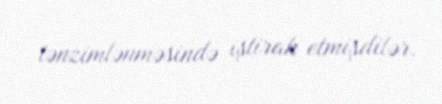
tənzimlənməsində iştirak etmişdilər.